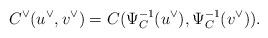
LaTeX: \begin{align*} C^{\lor}(u^{\lor},v^{\lor}) =C(\Psi_C^{-1}(u^{\lor}),\Psi_C^{-1}(v^{\lor})).\end{align*}